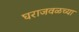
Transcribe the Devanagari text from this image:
घराजवळच्या